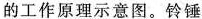
的工作原理示意图。铃锤